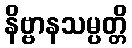
နိဗ္ဗာနသမ္ပတ္တိ